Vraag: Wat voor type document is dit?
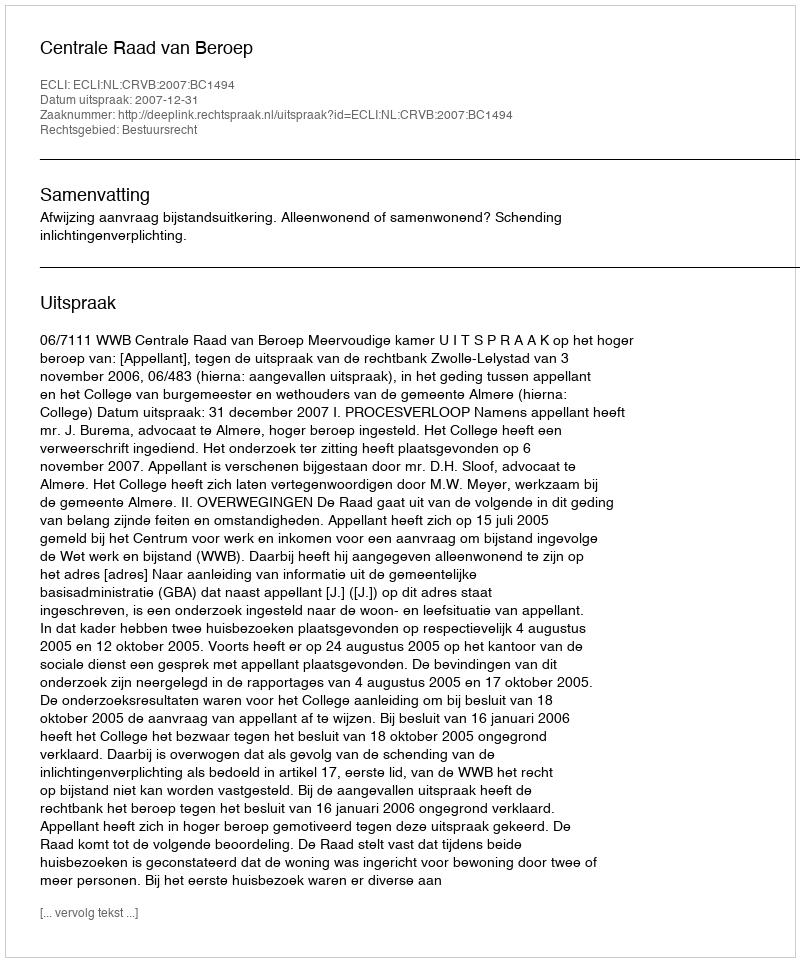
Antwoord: Uitspraak